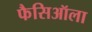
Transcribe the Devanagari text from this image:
फैसिऑला